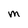
Character: M